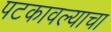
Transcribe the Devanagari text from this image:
पटकावल्याचा